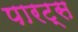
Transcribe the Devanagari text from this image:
पारट्स